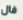
فال